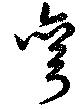
弯